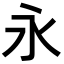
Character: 永